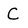
Character: C